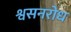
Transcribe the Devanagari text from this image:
श्वसनरोध